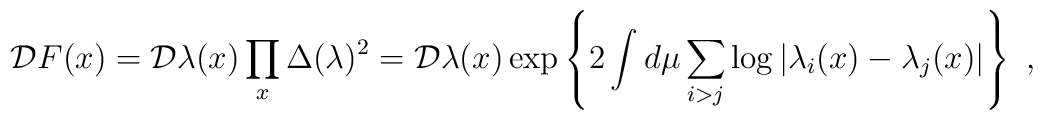
{\cal D}F(x) =  {\cal D}\lambda(x) \prod_{x} \Delta (\lambda)^2 ={\cal D}\lambda(x) \exp \left\{ 2 \int d\mu \sum_{i>j} \log |\lambda_i(x) - \lambda_j(x) |  \right\}~,